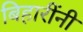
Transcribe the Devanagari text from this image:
बिहारींनी